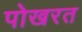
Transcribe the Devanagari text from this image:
पोखरत